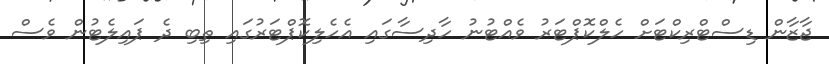
ޖާޒާން ޑިސްޓްރިކްޓަށް ހެލްކޮޕްޓަރު ވެއްޓުނު ހާދިސާގައި އެހެލިކޮޕްޓަރުގައި ތިބި ދެ ޕައިލެޓުން ވެސް